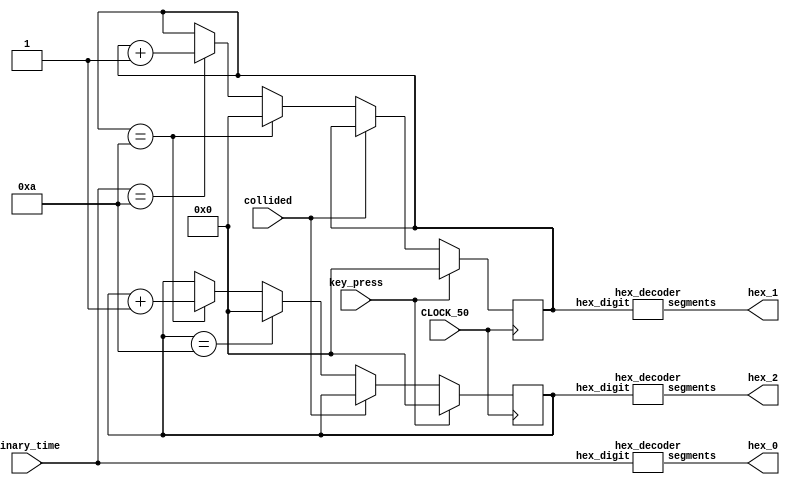
module time_counter(binary_time, CLOCK_50, hex_0, hex_1, hex_2, collided, key_press);
    // a counter used to display the amount of time the player have lasted through the 7 segment display

    input [3:0] binary_time;
	input CLOCK_50;
	input collided; // stops the counter if its collided
    input key_press; // the key to reset the counter
    output [6:0] hex_0;
    output [6:0] hex_1;
    output [6:0] hex_2;
    
    // the register used to store the second and third digits
    reg [3:0] digit2 = 4'b0;
    reg [3:0] digit3 = 4'b0;
    reg in_game = 1'b1;

    // hex decoder used to help translate binary to the 7 segment displays in decimal
    hex_decoder h0(
        .hex_digit(binary_time[3:0]),
        .segments(hex_0)
        );

    hex_decoder h1(
        .hex_digit(digit2[3:0]),
        .segments(hex_1)
        );

    hex_decoder h2(
        .hex_digit(digit3[3:0]),
        .segments(hex_2)
        );

    // increase the values of digit 2 and digit 3 whenever the value before it reaches 10
    // if pipe and box has collided then set all digits to 0
    always @(posedge CLOCK_50)
        begin
		  if(~collided) begin
			  if (binary_time == 4'd10)
					digit2 <= digit2 + 1'b1;
			  if (digit2 == 4'd10)
					begin
					digit3 <= digit3 + 1'b1;
					digit2 <= 4'b0;
					end
				if (digit3 == 4'd10)
					digit3 <= 4'b0;
				end
			if (key_press) begin
				digit2 <= 4'd0;
				digit3 <= 4'd0;
				end
        end
		  

endmodule

module hex_decoder(hex_digit, segments);
    // decodes binary to seven segment display outputs
    // CREDIT TO: BRIAN HARRINGTON
    
    input [3:0] hex_digit;
    output reg [6:0] segments;
   
    always @(*)
        case (hex_digit)
            4'h0: segments = 7'b100_0000;
            4'h1: segments = 7'b111_1001;
            4'h2: segments = 7'b010_0100;
            4'h3: segments = 7'b011_0000;
            4'h4: segments = 7'b001_1001;
            4'h5: segments = 7'b001_0010;
            4'h6: segments = 7'b000_0010;
            4'h7: segments = 7'b111_1000;
            4'h8: segments = 7'b000_0000;
            4'h9: segments = 7'b001_1000;
            default: segments = 7'b100_0000;
        endcase
endmodule